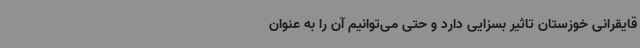
قایقرانی خوزستان تاثیر بسزایی دارد و حتی می‌توانیم آن را به عنوان